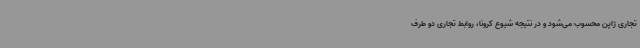
تجاری ژاپن محسوب می‌شود و در نتیجه شیوع کرونا، روابط تجاری دو طرف